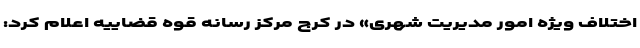
اختلاف ویژه امور مدیریت شهری» در کرج مرکز رسانه قوه قضاییه اعلام کرد: